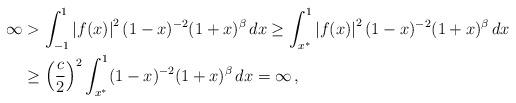
LaTeX: \begin{align*}\infty & >\int_{-1}^{1}\left\vert f(x)\right\vert ^{2}(1-x)^{-2}(1+x)^{\beta}\,dx\geq\int_{x^{\ast}}^{1}\left\vert f(x)\right\vert ^{2}(1-x)^{-2}(1+x)^{\beta}\,dx\\& \geq\left( \frac{c}{2}\right) ^{2}\int_{x^{\ast}}^{1}(1-x)^{-2}(1+x)^{\beta}\,dx=\infty\,,\end{align*}